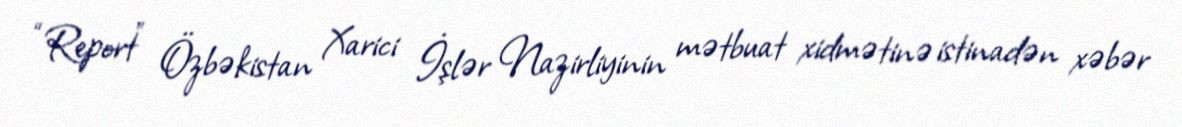
“Report” Özbəkistan Xarici İşlər Nazirliyinin mətbuat xidmətinə istinadən xəbər